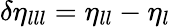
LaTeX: \delta\eta_{lll}=\eta_{ll}-\eta_{l}